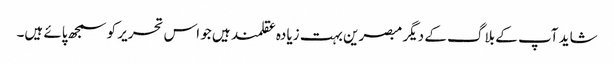
شاید آپ کے بلاگ کے دیگر مبصرین بہت زیادہ عقلمند ہیں جو اس تحریر کو سمجھ پائے ہیں۔